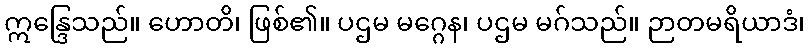
ဣန္ဒြေသည်။ ဟောတိ၊ ဖြစ်၏။ ပဌမ မဂ္ဂေန၊ ပဌမ မဂ်သည်။ ဉာတမရိယာဒံ၊